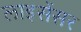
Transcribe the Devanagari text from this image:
लाइसेंसर